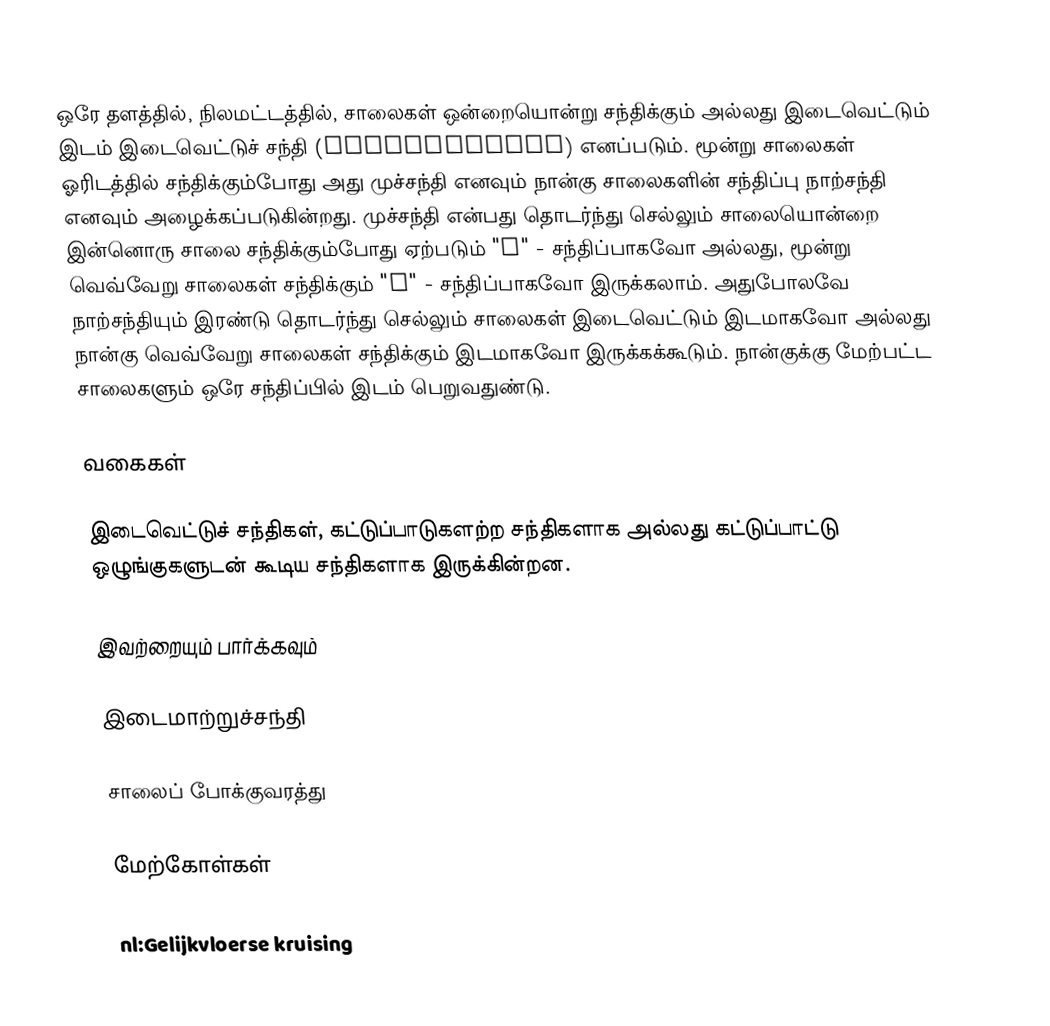
ஒரே தளத்தில், நிலமட்டத்தில், சாலைகள் ஒன்றையொன்று சந்திக்கும் அல்லது இடைவெட்டும் இடம் இடைவெட்டுச் சந்தி (intersection) எனப்படும். மூன்று சாலைகள் ஓரிடத்தில் சந்திக்கும்போது அது முச்சந்தி எனவும் நான்கு சாலைகளின் சந்திப்பு நாற்சந்தி எனவும் அழைக்கப்படுகின்றது. முச்சந்தி என்பது தொடர்ந்து செல்லும் சாலையொன்றை இன்னொரு சாலை சந்திக்கும்போது ஏற்படும் "T" - சந்திப்பாகவோ அல்லது, மூன்று வெவ்வேறு சாலைகள் சந்திக்கும் "Y" - சந்திப்பாகவோ இருக்கலாம். அதுபோலவே நாற்சந்தியும் இரண்டு தொடர்ந்து செல்லும் சாலைகள் இடைவெட்டும் இடமாகவோ அல்லது நான்கு வெவ்வேறு சாலைகள் சந்திக்கும் இடமாகவோ இருக்கக்கூடும். நான்குக்கு மேற்பட்ட சாலைகளும் ஒரே சந்திப்பில் இடம் பெறுவதுண்டு.

வகைகள்

இடைவெட்டுச் சந்திகள், கட்டுப்பாடுகளற்ற சந்திகளாக அல்லது கட்டுப்பாட்டு ஒழுங்குகளுடன் கூடிய சந்திகளாக இருக்கின்றன.

இவற்றையும் பார்க்கவும்

 இடைமாற்றுச்சந்தி

சாலைப் போக்குவரத்து

மேற்கோள்கள்

nl:Gelijkvloerse kruising